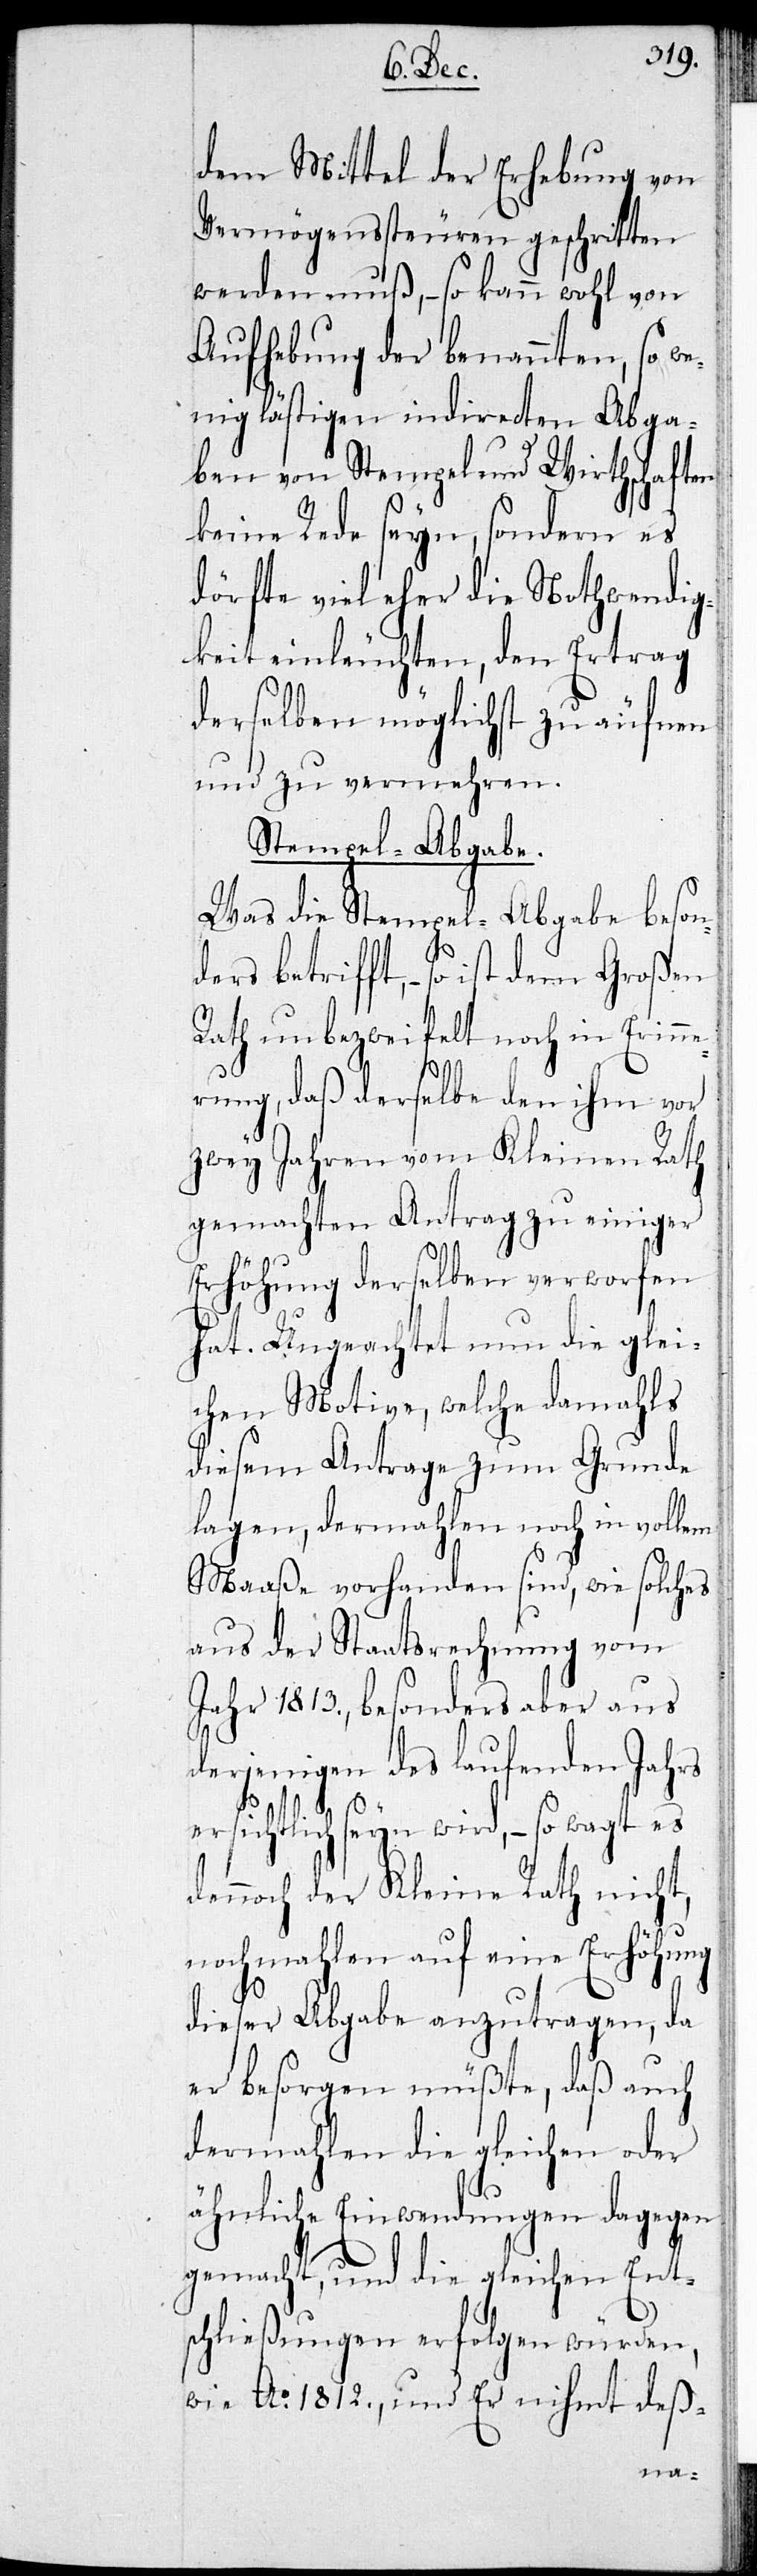
dem Mittel der Erhebung von
Vermögenssteuren geschritten
werden muß, – so kann wohl von
Aufhebung der benannten, so we¬
nig lästigen indirecten Abga¬
ben von Stempel und Wirthschaften
keine Rede seyn, sondern es
dörfte viel eher die Nothwendig¬
keit einleuchten, den Ertrag
derselben möglichst zu äufnen
und zu vermehren.
Stempel-Abgabe.
Was die Stempel-Abgabe beson¬
ders betrifft, – so ist dem Großen
Rath unbezweifelt noch in Erinne¬
rung, daß derselbe den ihm vor
zwey Jahren vom Kleinen Rath
gemachten Antrag zu einiger
Erhöhung derselben verworfen
hat. Ungeachtet nun die glei¬
chen Motive, welche damahls
diesem Antrage zum Grunde
lagen, dermahlen noch in vollem
Maaße vorhanden sind, wie solches
aus der Staatsrechnung vom
Jahr 1813., besonders aber aus
derjenigen des laufenden Jahrs
ersichtlich wird, – so wagt es
dennoch der Kleine Rath nicht,
nochmahlen auf eine Erhöhung
dieser Abgabe anzutragen, da
er besorgen müßte, daß auch
dermahlen die gleichen oder
ähnliche Einwendungen dagegen
gemacht, und die gleichen Ent¬
schließungen erfolgen würden,
wie Ao 1812., und Er nihmt deß-